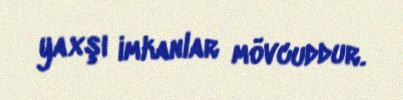
yaxşı imkanlar mövcuddur.